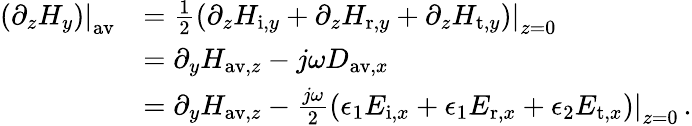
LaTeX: \begin{array}{rl}{\left.\left(\partial_{z}H_{y}\right)\right|_{\mathrm{av}}}&{=\frac{1}{2}\left.\left(\partial_{z}H_{\mathrm{i},y}+\partial_{z}H_{\mathrm{r},y}+\partial_{z}H_{\mathrm{t},y}\right)\right|_{z=0}}\\ &{=\partial_{y}H_{\mathrm{av},z}-j\omega D_{\mathrm{av},x}}\\ &{=\partial_{y}H_{\mathrm{av},z}-\frac{j\omega}{2}\left.\left(\epsilon_{1}E_{\mathrm{i},x}+\epsilon_{1}E_{\mathrm{r},x}+\epsilon_{2}E_{\mathrm{t},x}\right)\right|_{z=0}\, .}\end{array}